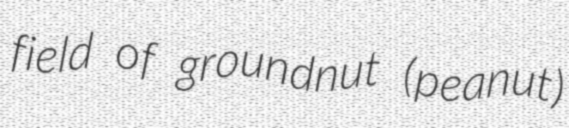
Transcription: field of groundnut (peanut)